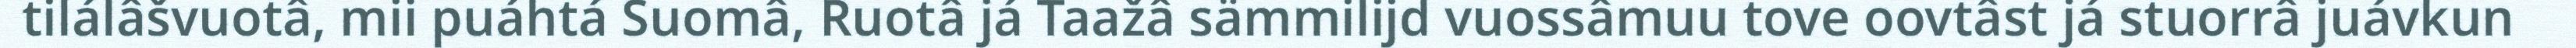
tilálâšvuotâ, mii puáhtá Suomâ, Ruotâ já Taažâ sämmilijd vuossâmuu tove oovtâst já stuorrâ juávkun